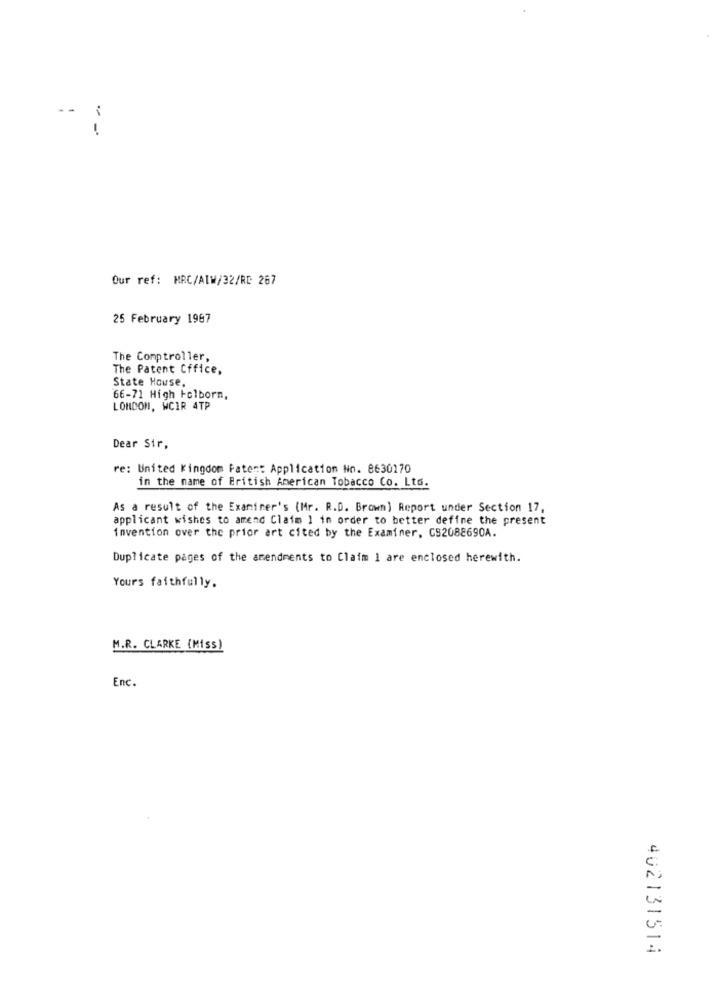
--
-
Our ref: MRC/ALW/32/RD 267
25 February 1967
The Comptroller,
The Patent Office,
State House,
66-71 High Holborn,
LONDON, WCIR 4TP
Dear Sir,
re: United Kingdom Paten: Application No. 8630170
in the name of British American Tobacco Co. Ltd.
As a result of the Examiner's (Mr. R.D. Brown) Report under Section 17,
applicant wishes to amend Claim 1 in order to better define the present
invention over the prior art cited by the Examiner, CS2088690A.
Duplicate pages of the amendments to Claim I are enclosed herewith.
Yours faithfully.
M.R. CLARKE (MISS)
Enc.
402131514